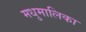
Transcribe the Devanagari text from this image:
मधुमालिका